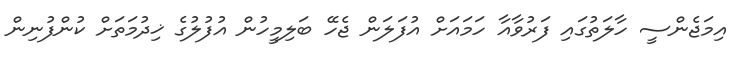
އިމަޖެންސީ ހާލަތުގައި ފަރުވާއާ ހަމައަށް އުފަލަން ޖެހޭ ބަލިމީހުން އުފުލުގެ ޚިދުމަތަށް ކުންފުނިން